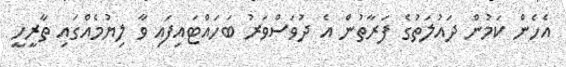
އެހެން ކަމުން ދައުލަތުގެ ފަރާތުން އެ ދުވަސްވަރު ބަހައްޓައިފައި ވާ ލިޔުމެއްގައި ތާރީހީ